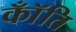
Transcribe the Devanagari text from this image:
कॉँति